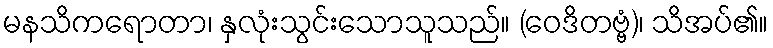
မနသိကရောတာ၊ နှလုံးသွင်းသောသူသည်။ (ဝေဒိတဗ္ဗံ)၊ သိအပ်၏။